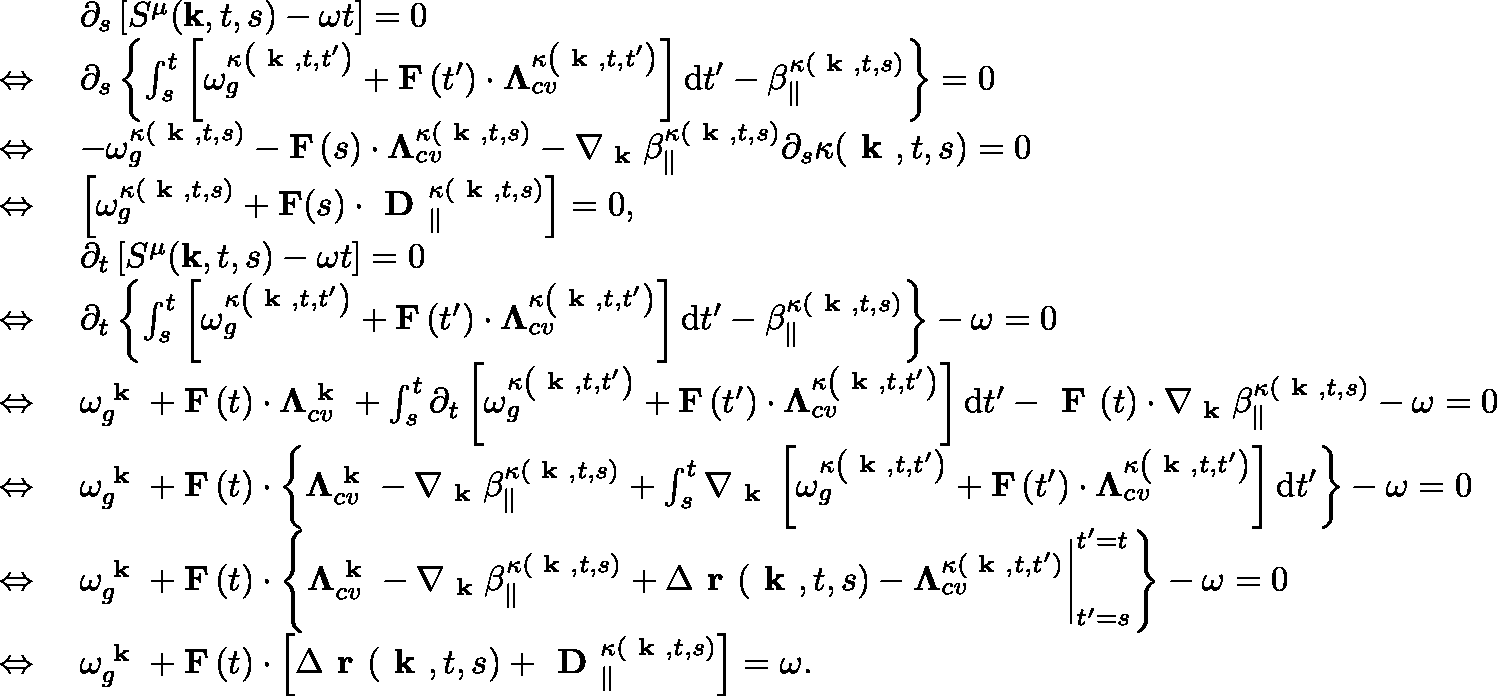
\begin{array} { r l } { \ } & { \partial _ { s } \left[ S ^ { \mu } ( \mathbf { k } , t , s ) - \omega t \right] = 0 } \\ { \Leftrightarrow \ } & { \partial _ { s } \left\{ \int _ { s } ^ { t } \left[ \omega _ { g } ^ { \kappa \left( \textbf { k } , t , t ^ { \prime } \right) } + \mathbf { F } \left( t ^ { \prime } \right) \cdot \mathbf { \Lambda } _ { c v } ^ { \kappa \left( \textbf { k } , t , t ^ { \prime } \right) } \right] \mathrm { d } t ^ { \prime } - \beta _ { \| } ^ { \kappa ( \textbf { k } , t , s ) } \right\} = 0 } \\ { \Leftrightarrow \ } & { - \omega _ { g } ^ { \kappa \left( \textbf { k } , t , s \right) } - \mathbf { F } \left( s \right) \cdot \mathbf { \Lambda } _ { c v } ^ { \kappa \left( \textbf { k } , t , s \right) } - \nabla _ { \textbf { k } } \beta _ { \| } ^ { \kappa ( \textbf { k } , t , s ) } \partial _ { s } \kappa ( \textbf { k } , t , s ) = 0 } \\ { \Leftrightarrow \ } & { \left[ \omega _ { g } ^ { \kappa \left( \textbf { k } , t , s \right) } + \mathbf { F } ( s ) \cdot \textbf { D } _ { \| } ^ { \kappa ( \textbf { k } , t , s ) } \right] = 0 , } \\ { \ } & { \partial _ { t } \left[ S ^ { \mu } ( \mathbf { k } , t , s ) - \omega t \right] = 0 } \\ { \Leftrightarrow \ } & { \partial _ { t } \left\{ \int _ { s } ^ { t } \left[ \omega _ { g } ^ { \kappa \left( \textbf { k } , t , t ^ { \prime } \right) } + \mathbf { F } \left( t ^ { \prime } \right) \cdot \mathbf { \Lambda } _ { c v } ^ { \kappa \left( \textbf { k } , t , t ^ { \prime } \right) } \right] \mathrm { d } t ^ { \prime } - \beta _ { \| } ^ { \kappa ( \textbf { k } , t , s ) } \right\} - \omega = 0 } \\ { \Leftrightarrow \ } & { \omega _ { g } ^ { \textbf { k } } + \mathbf { F } \left( t \right) \cdot \mathbf { \Lambda } _ { c v } ^ { \textbf { k } } + \int _ { s } ^ { t } \partial _ { t } \left[ \omega _ { g } ^ { \kappa \left( \textbf { k } , t , t ^ { \prime } \right) } + \mathbf { F } \left( t ^ { \prime } \right) \cdot \mathbf { \Lambda } _ { c v } ^ { \kappa \left( \textbf { k } , t , t ^ { \prime } \right) } \right] \mathrm { d } t ^ { \prime } - \textbf { F } ( t ) \cdot \nabla _ { \textbf { k } } \beta _ { \| } ^ { \kappa ( \textbf { k } , t , s ) } - \omega = 0 } \\ { \Leftrightarrow \ } & { \omega _ { g } ^ { \textbf { k } } + \mathbf { F } \left( t \right) \cdot \left\{ \mathbf { \Lambda } _ { c v } ^ { \textbf { k } } - \nabla _ { \textbf { k } } \beta _ { \| } ^ { \kappa ( \textbf { k } , t , s ) } + \int _ { s } ^ { t } \nabla _ { \textbf { k } } \left[ \omega _ { g } ^ { \kappa \left( \textbf { k } , t , t ^ { \prime } \right) } + \mathbf { F } \left( t ^ { \prime } \right) \cdot \mathbf { \Lambda } _ { c v } ^ { \kappa \left( \textbf { k } , t , t ^ { \prime } \right) } \right] \mathrm { d } t ^ { \prime } \right\} - \omega = 0 } \\ { \Leftrightarrow \ } & { \omega _ { g } ^ { \textbf { k } } + \mathbf { F } \left( t \right) \cdot \left\{ \mathbf { \Lambda } _ { c v } ^ { \textbf { k } } - \nabla _ { \textbf { k } } \beta _ { \| } ^ { \kappa ( \textbf { k } , t , s ) } + \Delta \textbf { r } ( \textbf { k } , t , s ) - \mathbf { \Lambda } _ { c v } ^ { \kappa ( \textbf { k } , t , t ^ { \prime } ) } \bigg | _ { t ^ { \prime } = s } ^ { t ^ { \prime } = t } \right\} - \omega = 0 } \\ { \Leftrightarrow \ } & { \omega _ { g } ^ { \textbf { k } } + \mathbf { F } \left( t \right) \cdot \left[ \Delta \textbf { r } ( \textbf { k } , t , s ) + \textbf { D } _ { \| } ^ { \kappa ( \textbf { k } , t , s ) } \right] = \omega . } \end{array}